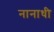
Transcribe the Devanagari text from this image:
नानाधी